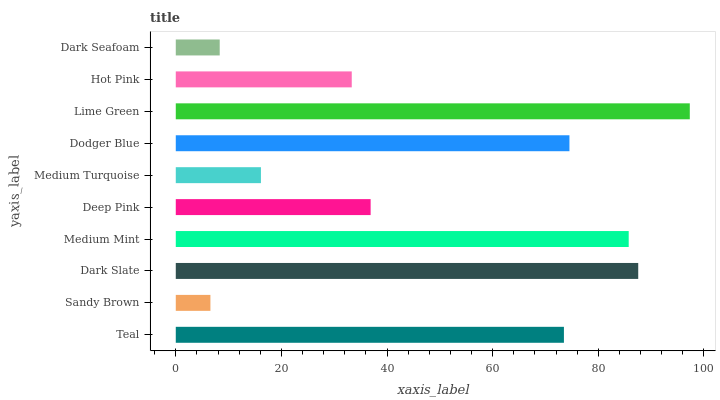
| yaxis_label | bars |
 | --- | --- |
 | Teal | 73.5 |
 | Sandy Brown | 6.56 |
 | Dark Slate | 87.6 |
 | Medium Mint | 85.8 |
 | Deep Pink | 36.9 |
 | Medium Turquoise | 16.1 |
 | Dodger Blue | 74.5 |
 | Lime Green | 97.3 |
 | Hot Pink | 33.3 |
 | Dark Seafoam | 8.32 |